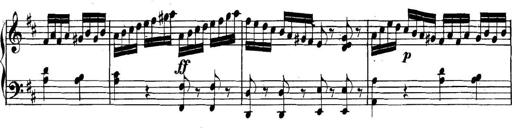
Title: Collected Piano Sonatas
Composer: Muzio Clementi